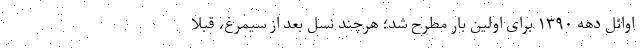
اوائل دهه ۱۳۹۰ برای اولین بار مطرح شد؛ هرچند نسل بعد از سیمرغ، قبلاً